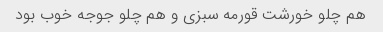
هم چلو خورشت قورمه سبزی و هم چلو جوجه خوب بود